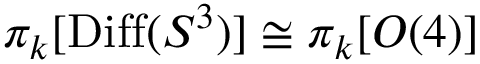
\pi _ { k } [ \mathrm { D i f f } ( S ^ { 3 } ) ] \cong \pi _ { k } [ O ( 4 ) ]